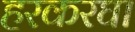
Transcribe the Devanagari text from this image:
हरकरघा